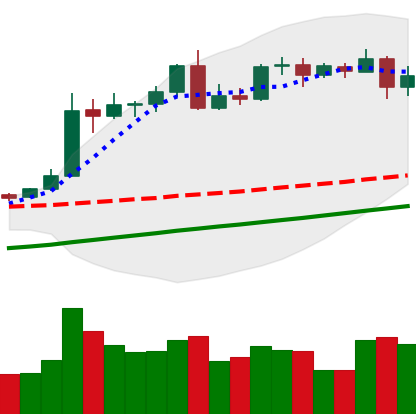
Ticker: BTC-USD
Chart end date: 2020-08-12
Forward return: 5.779%
Label: up_5_7